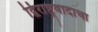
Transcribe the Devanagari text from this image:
द्विराष्ट्रवादाचा